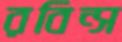
রবিন্স